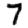
Digit: 7